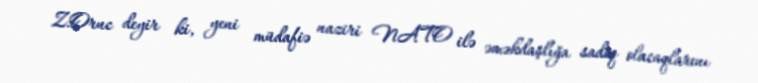
Z.Oruc deyir ki, yeni müdafiə naziri NATO ilə əməkdaşlığa sadiq olacaqlarını